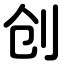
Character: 创